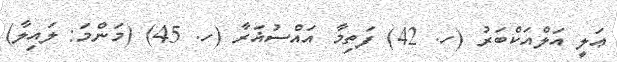
ޢަލީ އަލްއަކްބަރު (ހ. 42) ފަތިމާ އައްސުޣަރާ (ހ. 45) (މަންމަ: ލައިލާ)